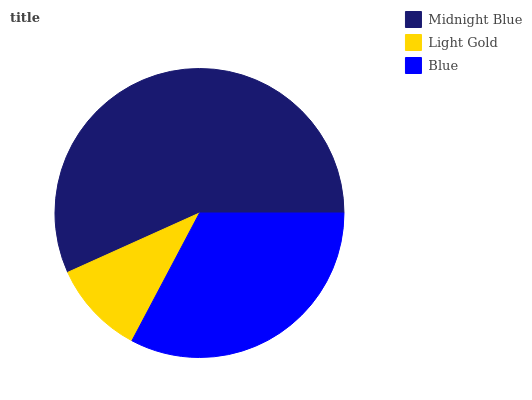
| Midnight Blue | Light Gold | Blue |
 | --- | --- | --- |
 | 56.7% | 10.5% | 32.8% |